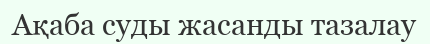
Ақаба суды жасанды тазалау